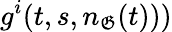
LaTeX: g^{i}(t,s,n_{\mathfrak{G}}(t)))